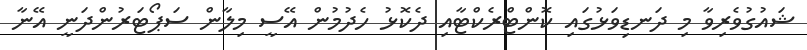
ޝައުގުވެރިވާ މި ދަނޑިވަޅުގައި ކޮންޓްރެކްޓާއި ދެކޮޅު ހެދުމުން އޭސީ މިިލާން ސަޕޯޓަރުންދަނީ އޭނާ